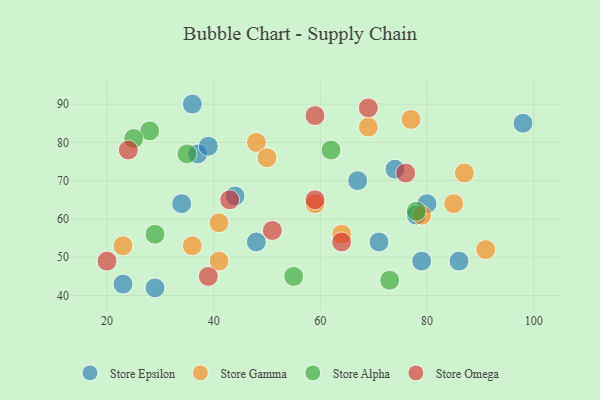
{"axis": {"x": "GDP", "y": "Life Expectancy"}, "legend": ["Store Alpha", "Store Epsilon", "Store Gamma", "Store Omega"], "data": [{"x": "29", "y": 42, "type": "Store Epsilon"}, {"x": "48", "y": 54, "type": "Store Epsilon"}, {"x": "37", "y": 77, "type": "Store Epsilon"}, {"x": "44", "y": 66, "type": "Store Epsilon"}, {"x": "74", "y": 73, "type": "Store Epsilon"}, {"x": "23", "y": 43, "type": "Store Epsilon"}, {"x": "79", "y": 49, "type": "Store Epsilon"}, {"x": "98", "y": 85, "type": "Store Epsilon"}, {"x": "39", "y": 79, "type": "Store Epsilon"}, {"x": "34", "y": 64, "type": "Store Epsilon"}, {"x": "71", "y": 54, "type": "Store Epsilon"}, {"x": "67", "y": 70, "type": "Store Epsilon"}, {"x": "36", "y": 90, "type": "Store Epsilon"}, {"x": "80", "y": 64, "type": "Store Epsilon"}, {"x": "78", "y": 61, "type": "Store Epsilon"}, {"x": "86", "y": 49, "type": "Store Epsilon"}, {"x": "64", "y": 56, "type": "Store Gamma"}, {"x": "23", "y": 53, "type": "Store Gamma"}, {"x": "48", "y": 80, "type": "Store Gamma"}, {"x": "77", "y": 86, "type": "Store Gamma"}, {"x": "41", "y": 59, "type": "Store Gamma"}, {"x": "79", "y": 61, "type": "Store Gamma"}, {"x": "41", "y": 49, "type": "Store Gamma"}, {"x": "87", "y": 72, "type": "Store Gamma"}, {"x": "50", "y": 76, "type": "Store Gamma"}, {"x": "69", "y": 84, "type": "Store Gamma"}, {"x": "85", "y": 64, "type": "Store Gamma"}, {"x": "59", "y": 64, "type": "Store Gamma"}, {"x": "91", "y": 52, "type": "Store Gamma"}, {"x": "36", "y": 53, "type": "Store Gamma"}, {"x": "35", "y": 77, "type": "Store Alpha"}, {"x": "78", "y": 62, "type": "Store Alpha"}, {"x": "28", "y": 83, "type": "Store Alpha"}, {"x": "29", "y": 56, "type": "Store Alpha"}, {"x": "73", "y": 44, "type": "Store Alpha"}, {"x": "25", "y": 81, "type": "Store Alpha"}, {"x": "62", "y": 78, "type": "Store Alpha"}, {"x": "55", "y": 45, "type": "Store Alpha"}, {"x": "64", "y": 54, "type": "Store Omega"}, {"x": "76", "y": 72, "type": "Store Omega"}, {"x": "20", "y": 49, "type": "Store Omega"}, {"x": "24", "y": 78, "type": "Store Omega"}, {"x": "43", "y": 65, "type": "Store Omega"}, {"x": "69", "y": 89, "type": "Store Omega"}, {"x": "39", "y": 45, "type": "Store Omega"}, {"x": "51", "y": 57, "type": "Store Omega"}, {"x": "59", "y": 65, "type": "Store Omega"}, {"x": "59", "y": 87, "type": "Store Omega"}]}